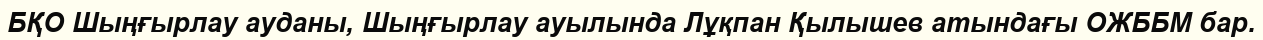
БҚО Шыңғырлау ауданы, Шыңғырлау ауылында Лұқпан Қылышев атындағы ОЖББМ бар.